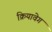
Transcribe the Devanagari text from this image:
क्रियावेग